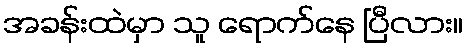
အခန်းထဲမှာ သူ ရောက်နေ ပြီလား။